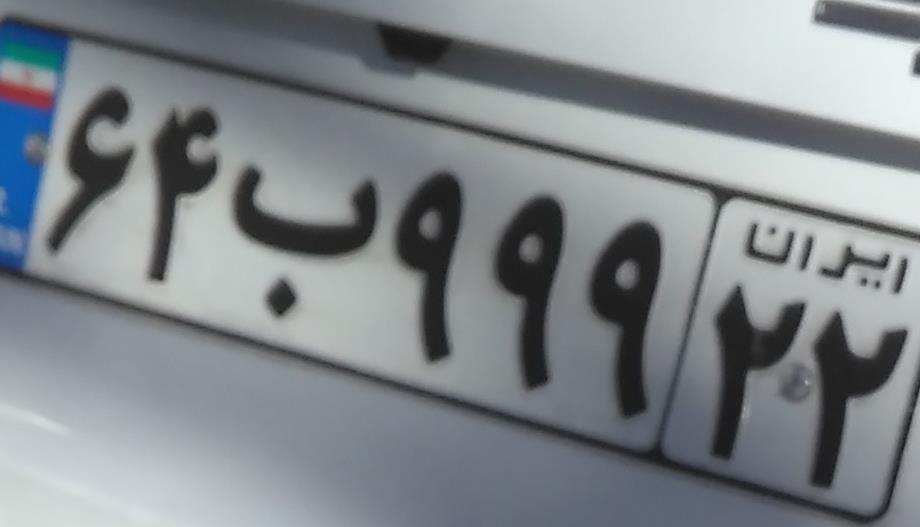
۶۴ب۹۹۹۲۲